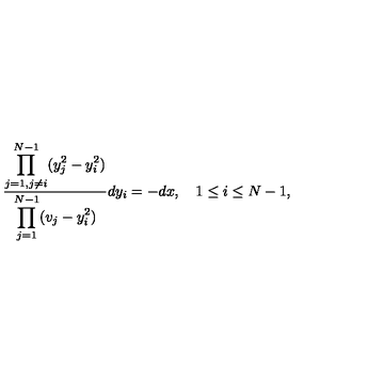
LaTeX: { \frac { \displaystyle \prod _ { j = 1 , j \neq i } ^ { N - 1 } ( y _ { j } ^ { 2 } - y _ { i } ^ { 2 } ) } { \displaystyle \prod _ { j = 1 } ^ { N - 1 } ( v _ { j } - y _ { i } ^ { 2 } ) } } d y _ { i } = - d x , \quad 1 \leq i \leq N - 1 ,